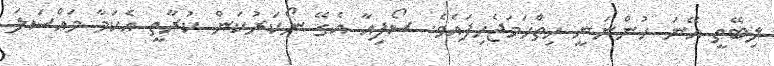
ލިބޭތީ އޭނަ ހުންނަނީ ހިތްހަމަޖެހިފައެވެ. ސޯފިއާ އެގޭ ނޯކަރުކަން ކުރާތީ އެކަމާ މައްސަލަ